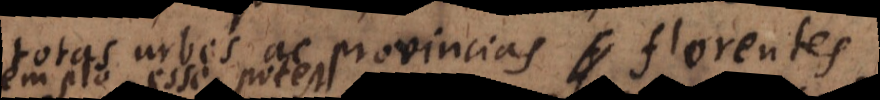
totas urbes ac provincias florentes